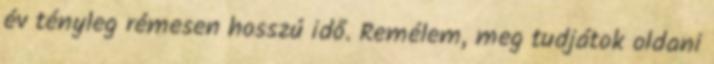
év tényleg rémesen hosszú idő. Remélem, meg tudjátok oldani